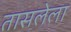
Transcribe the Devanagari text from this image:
तासलेला